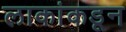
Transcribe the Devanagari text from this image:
लाकांकडून